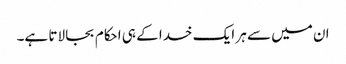
ان میں سے ہر ایک خدا کے ہی احکام بجا لاتا ہے۔